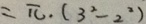
= \pi \cdot ( 3 ^ { 2 } - 2 ^ { 2 } )